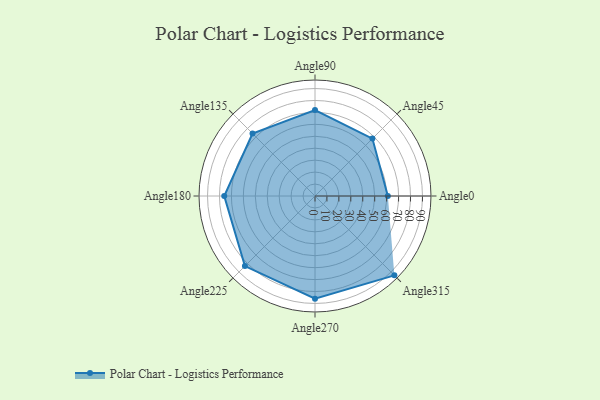
{"axis": {"x": "Angle", "y": "Radius"}, "legend": [""], "data": [{"x": "Angle0", "y": 61.0, "type": ""}, {"x": "Angle45", "y": 68.0, "type": ""}, {"x": "Angle90", "y": 72.0, "type": ""}, {"x": "Angle135", "y": 74.0, "type": ""}, {"x": "Angle180", "y": 76.0, "type": ""}, {"x": "Angle225", "y": 83.0, "type": ""}, {"x": "Angle270", "y": 86.0, "type": ""}, {"x": "Angle315", "y": 94.0, "type": ""}]}